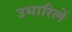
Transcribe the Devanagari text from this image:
उभारिलें